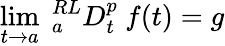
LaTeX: \operatorname*{lim}_{t\rightarrow a}~{}_{a}^{RL}D_{t}^{p}~f(t)=g